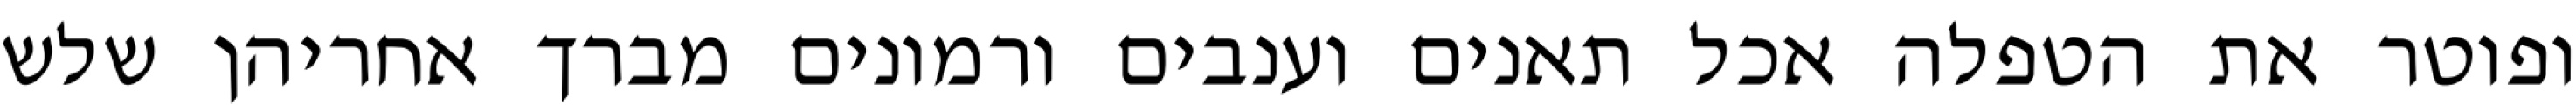
ופוטר את הטפלה אכל תאנים וענבים ורמונים מברך אחריהן שלש